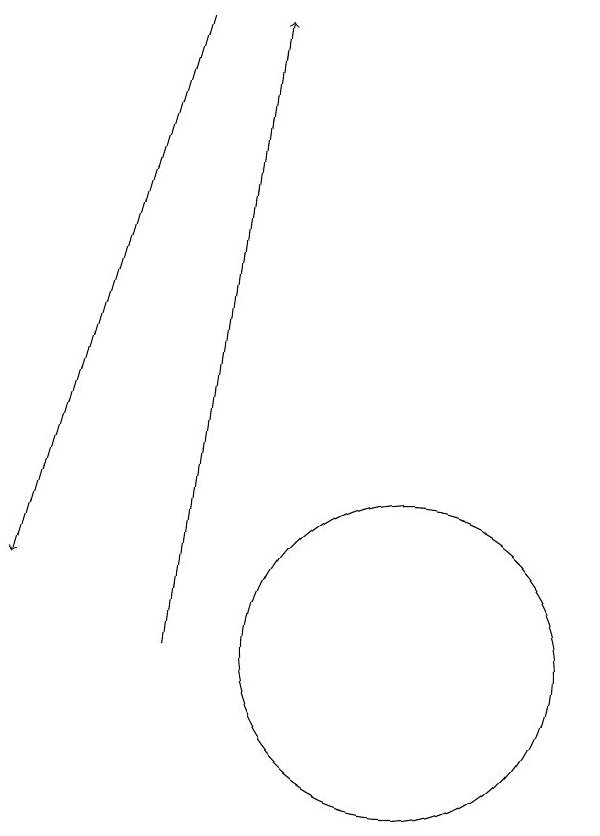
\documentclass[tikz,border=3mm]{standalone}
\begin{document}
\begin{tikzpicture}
\draw (11,10) circle (2);
\draw[->] (8,18) -- (6,11);
\draw[->] (8,10) -- (9,18);
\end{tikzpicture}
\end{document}